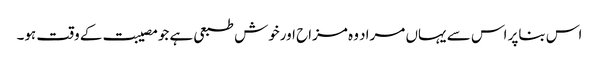
اس بناپر اس سے یہاں مراد وہ مزاح اورخوش طبعی ہے جومصیبت کے وقت ہو۔